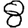
Digit: 8